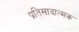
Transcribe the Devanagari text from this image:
प्रतिसादात्मक